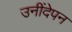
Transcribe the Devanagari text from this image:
उनींदेपन